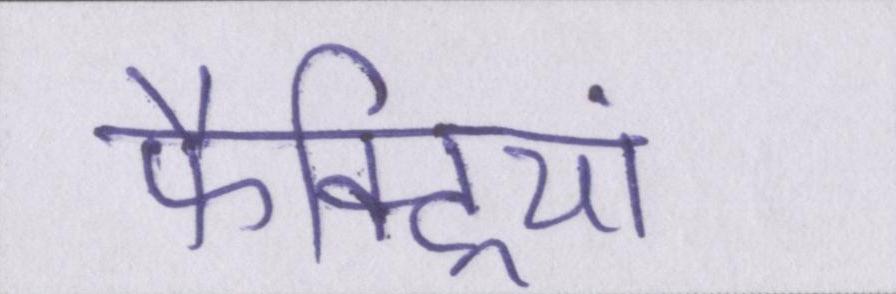
फैक्ट्रियां